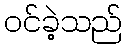
ဝင်ခဲ့သည်